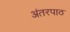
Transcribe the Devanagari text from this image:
अंतरपाठ